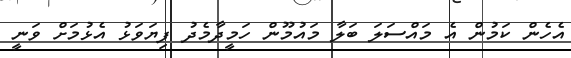
އެހެން ކަމުން އެ މައްސަލަ ބަލާ މައުމޫން ހަމީދާމެދު ފިޔަވަޅު އެޅުމަށް ވަނީ